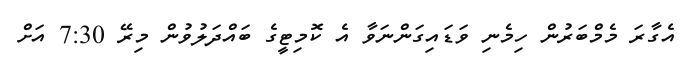
އެގާރަ މެމްބަރުން ހިމެނި ވަޑައިގަންނަވާ އެ ކޮމިޓީގެ ބައްދަލުވުން މިރޭ 7:30 އަށް